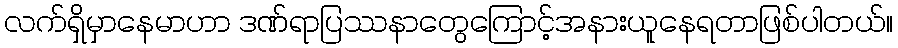
လက်ရှိမှာနေမာဟာ ဒဏ်ရာပြဿနာတွေကြောင့်အနားယူနေရတာဖြစ်ပါတယ်။